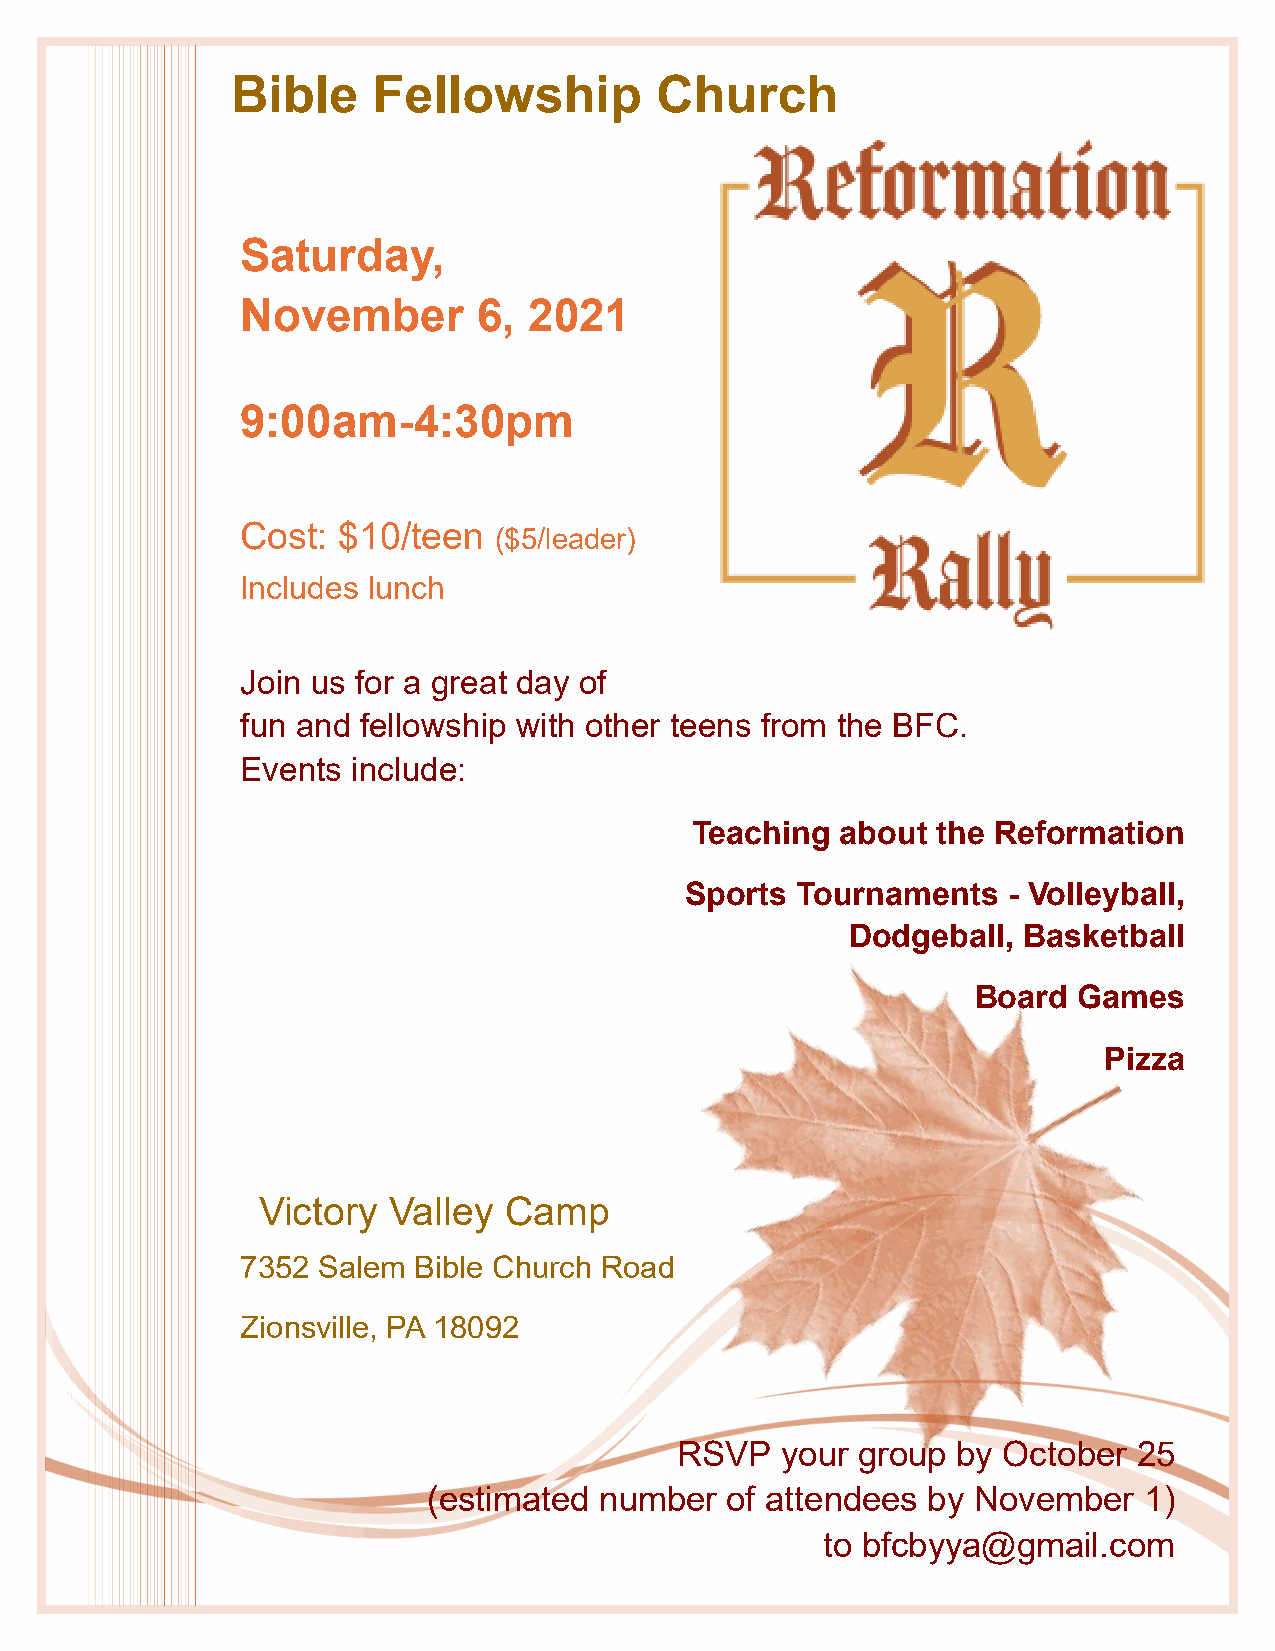
Bible     Fellowship        Church
 Saturday,
 November        6, 2021
 9:00am-4:30pm
 Cost: $10/teen
 ($5/leader)
 Includes lunch
 Join us for a great day of
 fun and fellowship with other teens from the BFC.
 Events include:
 Teaching  about the Reformation
 Sports  Tournaments   - Volleyball,
 Dodgeball,  Basketball
 Board Games
 Pizza
 Victory  Valley Camp
 7352 Salem Bible Church Road
 Zionsville, PA 18092
 RSVP   your group by October  25
 (estimated  number  of attendees by  November   1)
 to bfcbyya@gmail.com